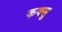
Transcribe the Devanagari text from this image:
कक्सु